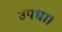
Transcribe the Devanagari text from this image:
उपधा।